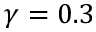
\gamma = 0 . 3